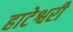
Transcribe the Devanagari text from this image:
हाटेश्वरी